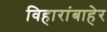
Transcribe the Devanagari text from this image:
विहारांबाहेर